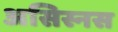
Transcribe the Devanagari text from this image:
असिस्नस